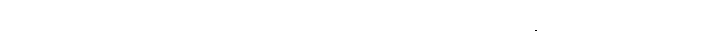
ပိုရှင်းအောင် မီးခြစ်ဘူး ကလေးကိုပဲ စဉ်းစား၊ ဂက်(စ်) မီးခြစ်ဘူးလေးကို ကြည့်လေ၊ မီး